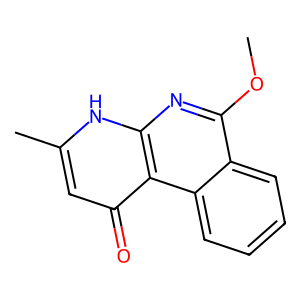
SMILES: COc1nc2[nH]c(C)cc(=O)c2c2ccccc12
Inhibits HIV replication: No